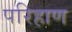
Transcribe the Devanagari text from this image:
परिहाण